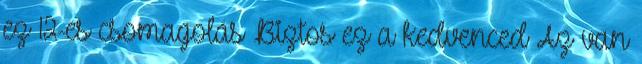
ez 12-es csomagolás Biztos ez a kedvenced Az van